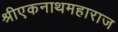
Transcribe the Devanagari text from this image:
श्रीएकनाथमहाराज